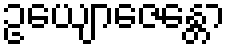
ဥယျောဇေန္တော